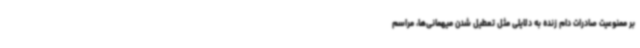
بر ممنوعیت صادرات دام زنده به دلایلی مثل تعطیل شدن میهمانی‌ها، مراسم